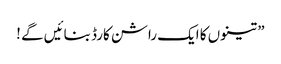
” تینوں کا ایک راشن کارڈ بنائیں گے !